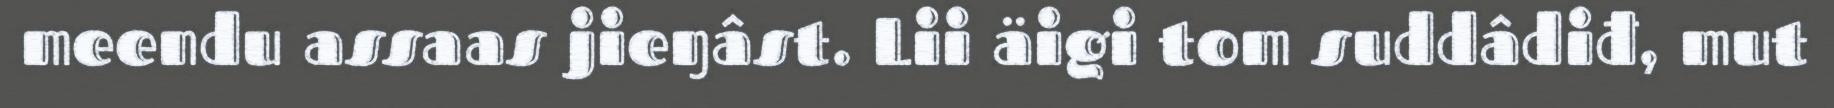
meendu assaas jieŋâst. Lii äigi tom suddâdiđ, mut